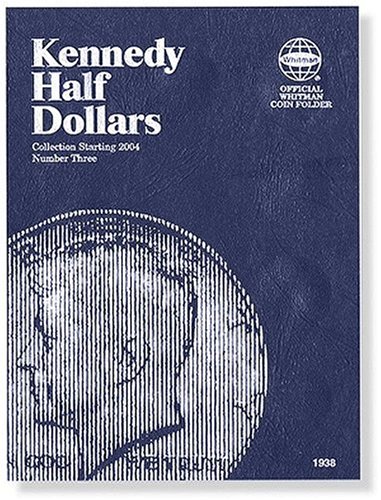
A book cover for Kennedy Half Dollars Folder Starting 2004 (Official Whitman Coin Folder); Whitman; Crafts, Hobbies & Home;